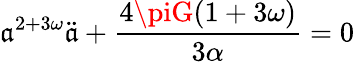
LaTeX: \mathfrak{a}^{2+3\omega}\ddot{{\mathfrak{a}}}+\frac{{4\piG(1+3\omega)}}{{3\alpha}}=0